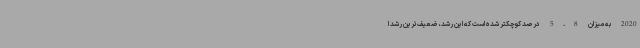
2020 به میزان 5.8 درصد کوچکتر شده است که این رشد، ضعیف‌ترین رشد ا